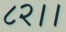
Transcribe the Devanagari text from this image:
८२।।